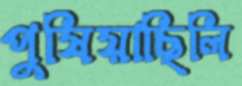
পুষিয়াছিলি